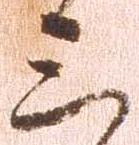
三